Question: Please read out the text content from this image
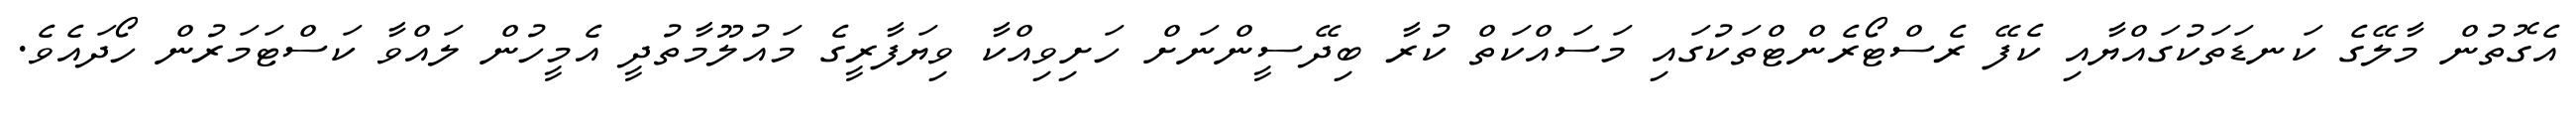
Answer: އެގޮތުން މާލޭގެ ކަނޑަތަކުގައްޔާއި ކެފޭ ރެސްޓޯރެންޓްތަކުގައި މަސައްކަތް ކުރާ ބިދޭސީންނަށް ހަށިވިއްކާ ވިޔަފާރީގެ މައުލޫމާތުދީ އެމީހުން ލައްވާ ކަސްޓަމަރުން ހޯދައެވެ.